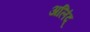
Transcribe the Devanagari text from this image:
अलिंद्